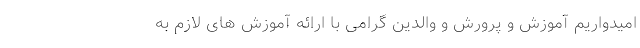
امیدواریم آموزش و پرورش و والدین گرامی با ارائه آموزش های لازم به